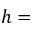
h =